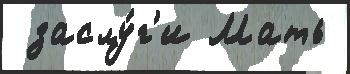
 заслу́г'и Мать